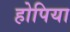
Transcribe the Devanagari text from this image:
होपिया